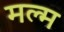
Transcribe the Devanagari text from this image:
मल्म